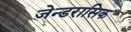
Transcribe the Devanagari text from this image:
जेन्डरासिक